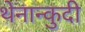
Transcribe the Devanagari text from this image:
थेनान्कुदी